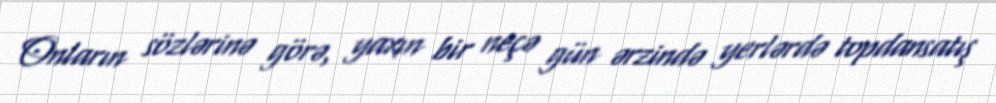
Onların sözlərinə görə, yaxın bir neçə gün ərzində yerlərdə topdansatış